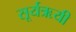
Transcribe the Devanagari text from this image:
सूर्यऋयी